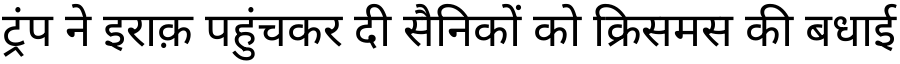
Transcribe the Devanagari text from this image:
ट्रंप ने इराक़ पहुंचकर दी सैनिकों को क्रिसमस की बधाई